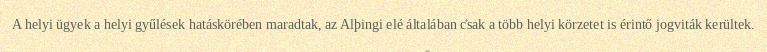
A helyi ügyek a helyi gyűlések hatáskörében maradtak, az Alþingi elé általában csak a több helyi körzetet is érintő jogviták kerültek.